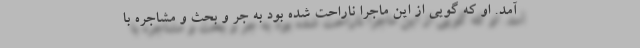
آمد. او که گویی از این ماجرا ناراحت شده بود به جر و بحث و مشاجره با